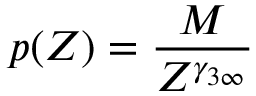
p ( Z ) = \frac { M } { Z ^ { \gamma _ { 3 \infty } } }